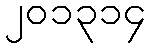
၂၀၁၃၁၄